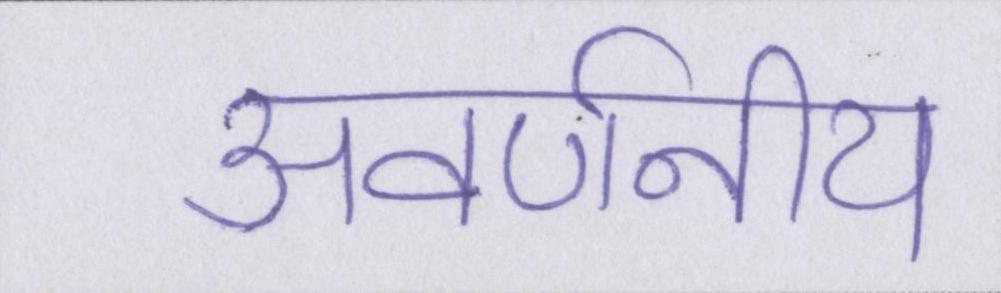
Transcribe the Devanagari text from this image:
अवर्णनीय